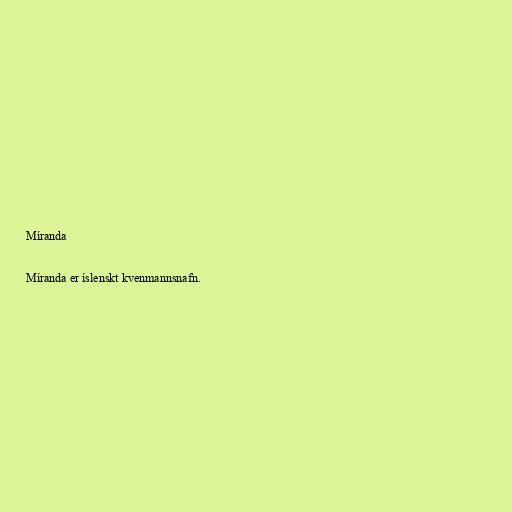
Míranda

Míranda er íslenskt kvenmannsnafn.